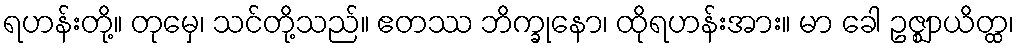
ရဟန်းတို့။ တုမှေ၊ သင်တို့သည်။ ဧတဿ ဘိက္ခုနော၊ ထိုရဟန်းအား။ မာ ခေါ ဥဇ္ဈာယိတ္ထ၊